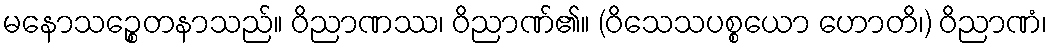
မနောသဉ္စေတနာသည်။ ဝိညာဏဿ၊ ဝိညာဏ်၏။ (ဝိသေသပစ္စယော ဟောတိ၊) ဝိညာဏံ၊